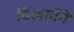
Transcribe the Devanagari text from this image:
दिखायेंगे